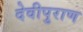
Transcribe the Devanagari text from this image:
देवीपुराण